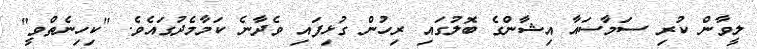
ލީވާން ކުރި ސަމާސައާ އިޝާންގެ ބޮލުގައި ރިހުން ގުޅިފައި ވެދާނެ ކަމާމެދުގައެވެ. "ކިހިނެތްވީ"